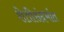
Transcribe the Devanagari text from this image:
शेतीसंदर्भात